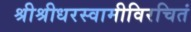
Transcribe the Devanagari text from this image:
श्रीश्रीधरस्वामीविरचितं